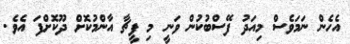
އެހެން ނަމަވެސް މިއަދު ފޭސްބުކުން ވަނީ މި ފީޗާ އާންމުކޮށް ދޫކޮށްފަ އެވެ.